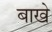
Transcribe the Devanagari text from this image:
बाखे